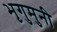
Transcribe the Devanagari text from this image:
भृगुमुनी